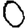
Digit: 0